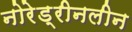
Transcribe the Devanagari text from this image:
नोरेड्रीनलीन